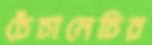
চেঁচামেচির